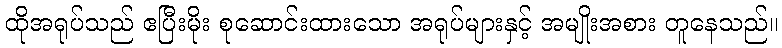
ထိုအရုပ်သည် ဧပြီးမိုး စုဆောင်းထားသော အရုပ်များနှင့် အမျိုးအစား တူနေသည်။